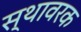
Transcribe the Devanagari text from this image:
स्थावरक